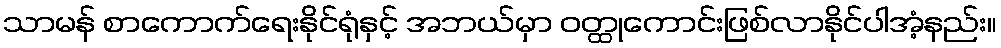
သာမန် စာကောက်ရေးနိုင်ရုံနှင့် အဘယ်မှာ ဝတ္ထုကောင်းဖြစ်လာနိုင်ပါအံ့နည်း။